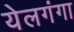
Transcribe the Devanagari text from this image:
येलगंगा